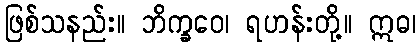
ဖြစ်သနည်း။ ဘိက္ခဝေ၊ ရဟန်းတို့။ ဣဓ၊